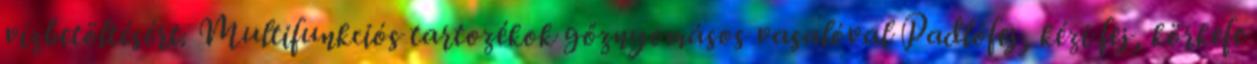
vízbetöltésért. Multifunkciós tartozékok gőznyomásos vasalóval Padlófej, kézi fej, körkefe